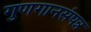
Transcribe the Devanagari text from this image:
गुणगानसंपन्न